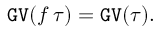
\mathtt { G V } ( f \, \tau ) = \mathtt { G V } ( \tau ) .